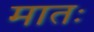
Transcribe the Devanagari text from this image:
मातः